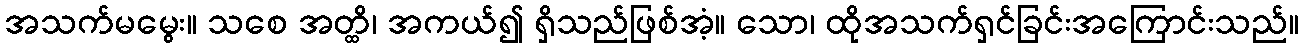
အသက်မမွေး။ သစေ အတ္ထိ၊ အကယ်၍ ရှိသည်ဖြစ်အံ့။ သော၊ ထိုအသက်ရှင်ခြင်းအကြောင်းသည်။